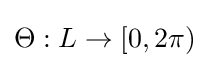
\Theta :L\to [0,2\pi )